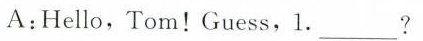
A:Hello,Tom!Guess,1.___?